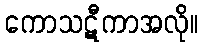
ကောသဋီကာအလို။